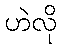
ဟဲလို